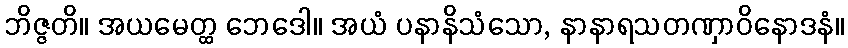
ဘိဇ္ဇတိ။ အယမေတ္ထ ဘေဒေါ။ အယံ ပနာနိသံသော, နာနာရသတဏှာဝိနောဒနံ။